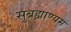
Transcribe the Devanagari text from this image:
सुब्रह्माण्यम